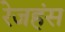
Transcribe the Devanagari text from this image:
रेजहंस